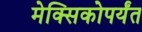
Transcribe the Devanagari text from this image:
मेक्सिकोपर्यंत